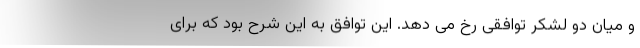
و میان دو لشکر توافقی رخ می دهد. این توافق به این شرح بود که برای